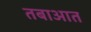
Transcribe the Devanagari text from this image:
तबाआत